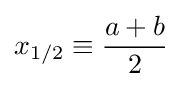
x_{1/2}\equiv {\frac {a+b}{2}}